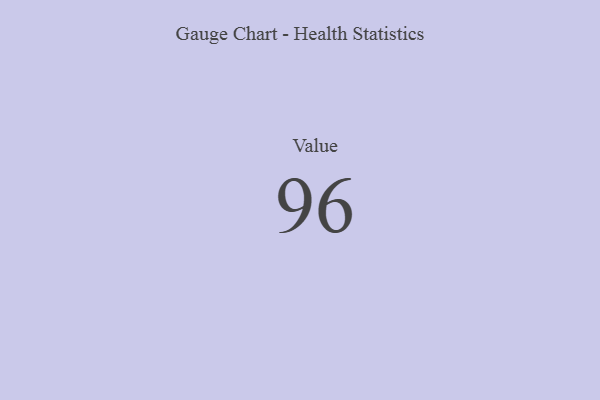
{"axis": {"x": "Metric", "y": "Value"}, "legend": [""], "data": [{"x": "Value", "y": 96, "type": ""}]}